Indian journal of veterinary science and animal husbandry - Volume 10,
Year: 1940
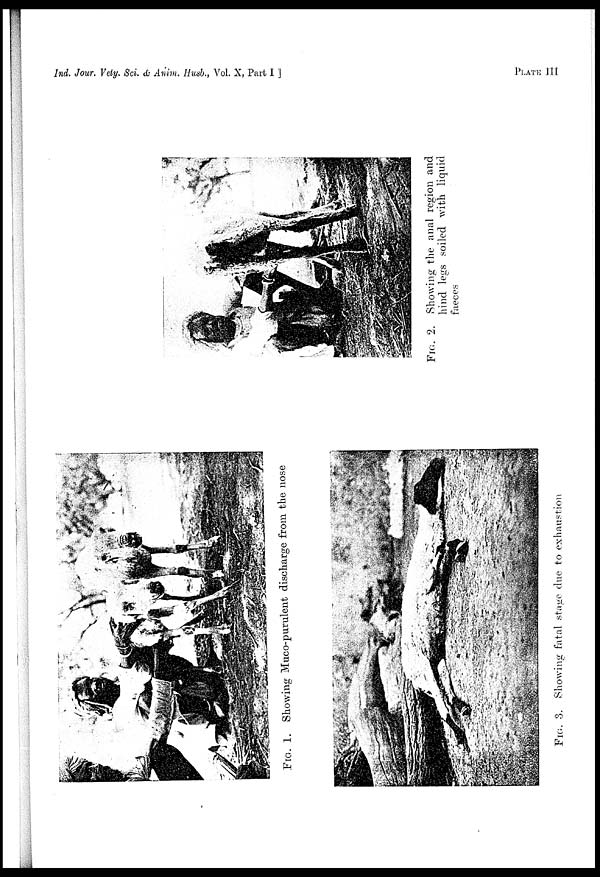
Ind. Jour. Vety. Sci. & Anim. Husb., Vol. X, Part I ]
PLATE
III
FIG. 1. Showing Muco-purulent discharge from the nose
FIG. 2. Showing the anal region and
hind legs soiled with liquid
faeces
FIG. 3. Showing fatal stage due to exhaustion